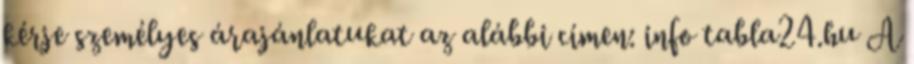
kérje személyes árajánlatukat az alábbi címen: info tabla24.hu A